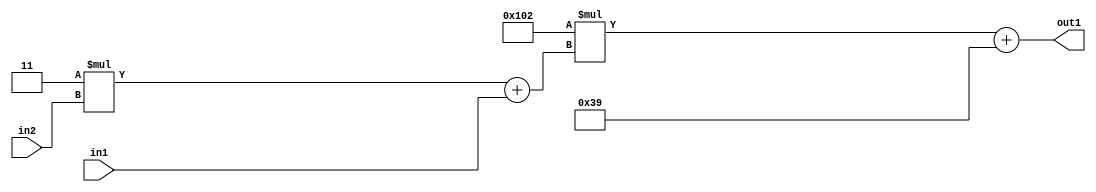
`timescale 1ps / 1ps
/*****************************************************************************
    Verilog RTL Description
    
    
    Created by: Stratus DpOpt 2019.1.01 
*******************************************************************************/

module DC_Filter_Add2i57Mul2i258Add2u1Mul2i3u2_4 (
	in2,
	in1,
	out1
	); /* architecture "behavioural" */ 
input [1:0] in2;
input  in1;
output [11:0] out1;
wire [11:0] asc001;
wire [3:0] asc002;

wire [3:0] asc002_tmp_0;
assign asc002_tmp_0 = 
	+(4'B0011 * in2);
assign asc002 = asc002_tmp_0
	+(in1);

wire [11:0] asc001_tmp_1;
assign asc001_tmp_1 = 
	+(12'B000100000010 * asc002);
assign asc001 = asc001_tmp_1
	+(12'B000000111001);

assign out1 = asc001;
endmodule

/* CADENCE  v7byTAE= : u9/ySgnWtBlWxVPRXgAZ4Og= ** DO NOT EDIT THIS LINE ******/